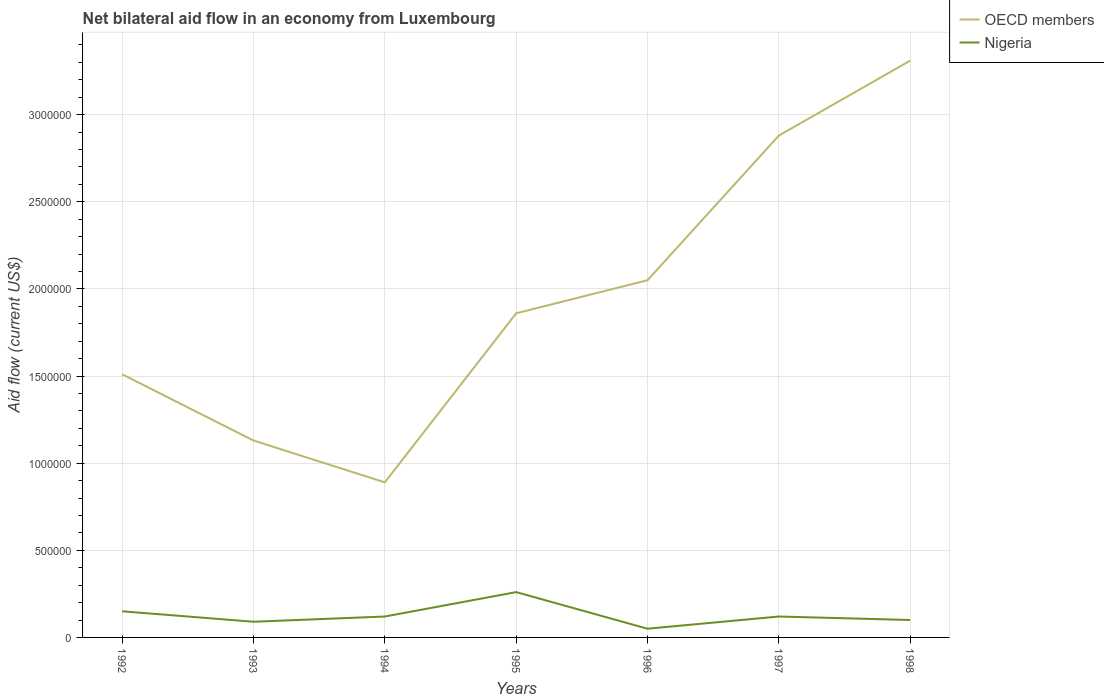
| Years | OECD members | Nigeria |
 | --- | --- | --- |
 | 1992 | 1.51e+06 | 1.5e+05 |
 | 1993 | 1.13e+06 | 9e+04 |
 | 1994 | 8.9e+05 | 1.2e+05 |
 | 1995 | 1.86e+06 | 2.6e+05 |
 | 1996 | 2.05e+06 | 5e+04 |
 | 1997 | 2.88e+06 | 1.2e+05 |
 | 1998 | 3.31e+06 | 1e+05 |